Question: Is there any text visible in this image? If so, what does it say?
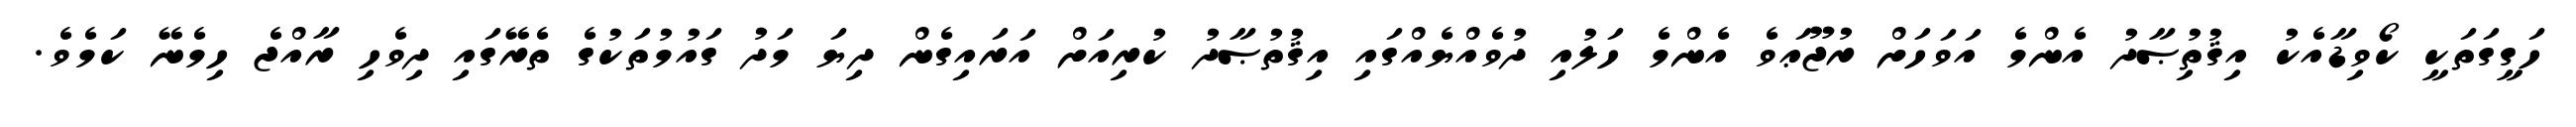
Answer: ހަގީގަތަކީ ކޯވިޑާއެކު އިޤުތުިޞާދު އެންމެ އަވަހަށް ރުޖޫޢަވެ އެންމެ ހަލުއި ދުވެއްޔެއްގައި އިޤުތުޞާދު ކުރިއަށް އަރައިގެން ދިޔަ މަދު ގައުމުތަކުގެ ތެރޭގައި ދިވެހި ރާއްޖެ ހިމެނޭ ކަމެވެ.